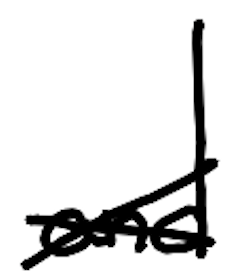
Text: and
Cross-out: cross
Writing tool: digital_black